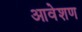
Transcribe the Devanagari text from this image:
आवेशण